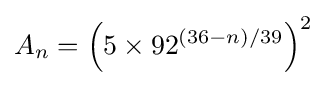
A_{n}=\left(5\times 92^{(36-n)/39}\right)^{2}